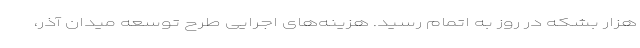
هزار بشکه در روز به اتمام رسید. هزینه‌های اجرایی طرح توسعه میدان آذر،